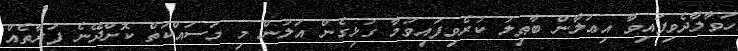
ހަވާލާދެވިފައިވާ އިޢުލާން ބާޠިލު ކުރެވިފައިވުމާ ގުޅިގެން އަލުން މި މަސައްކަތް ކޮށްދޭނެ ފަރާތެއް